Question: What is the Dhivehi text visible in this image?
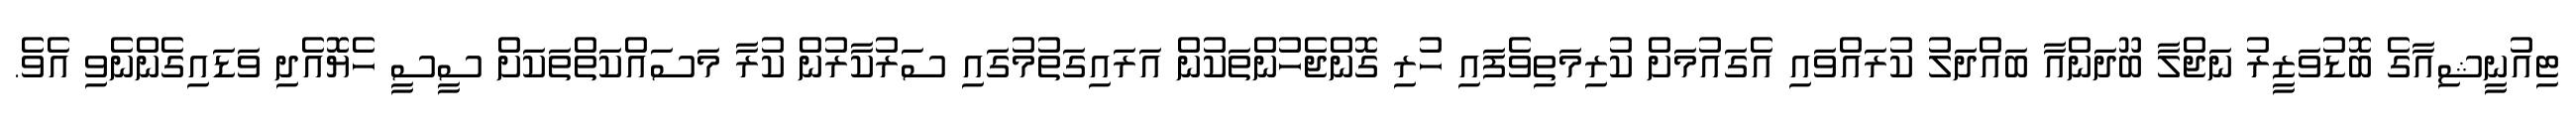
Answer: ޓިއުނީޝިއާގެ ބޮޑުވަޒީރު ނަޖްލާ ބޫދަންއާ ބައްދަލު ކުރައްވައި އެގައުމަށް ކުރިމަތިވެފައި ހުރި ގޮންޖެހުންތަކުން އަރައިގަތުމުގައި ސަރުކާރުން ކުރާ މަސައްކަތްތަކަށް ސީސީ ހެޔޮއެދި ވަޑައިގެންނެވި އެވެ.